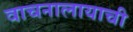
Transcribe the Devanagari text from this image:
वाचनालायाची